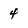
Character: 4